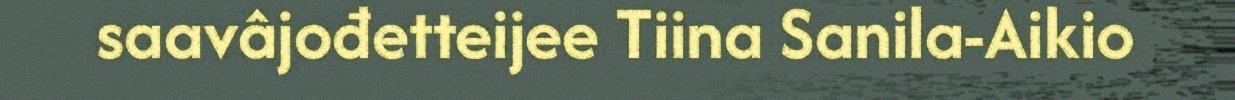
saavâjođetteijee Tiina Sanila-Aikio